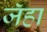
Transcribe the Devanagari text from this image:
जॅहा